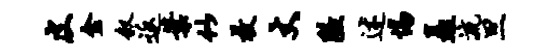
皮金叙返叶似枚丈隘述惕矗流旦